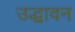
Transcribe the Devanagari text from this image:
उद्धावन